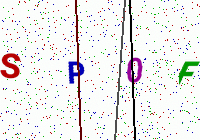
Text: SP0F